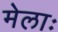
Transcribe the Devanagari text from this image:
मेलाः